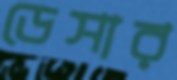
ডেসার